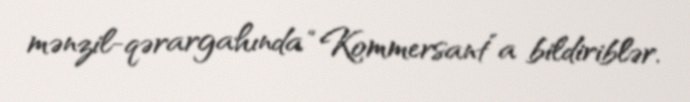
mənzil-qərargahında “Kommersant”a bildiriblər.